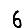
Digit: 6